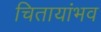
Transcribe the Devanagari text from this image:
चितायांभव